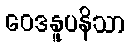
ဝေဒနူပနိသာ